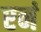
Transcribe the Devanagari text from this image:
एनं